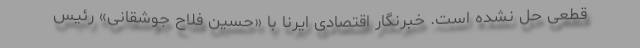
قطعی حل نشده است. خبرنگار اقتصادی ایرنا با «حسین فلاح جوشقانی» رئیس